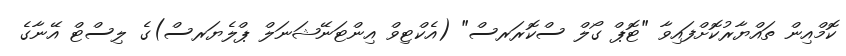
ކޮމްއިން ތައްޔާރުކޮށްފައިވާ "ޓޮޕް ގޯލް ސްކޮރަރސް" (އެކްޓިވް އިންޓަނޭޝަނަލް ޕްލެޔަރސް)ގެ ލިސްޓް އޭނާގެ